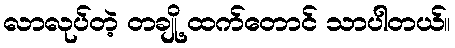
လာလုပ်တဲ့ တချို့ ထက်တောင် သာပါတယ်။